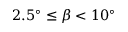
2 . 5 ^ { \circ } \leq \beta < 1 0 ^ { \circ }